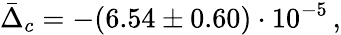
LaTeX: \bar{\Delta}_{c}=-(6.54\pm 0.60)\cdot 10^{-5}\, ,